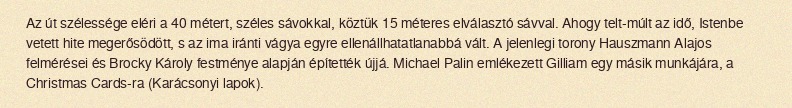
Az út szélessége eléri a 40 métert, széles sávokkal, köztük 15 méteres elválasztó sávval. Ahogy telt-múlt az idő, Istenbe vetett hite megerősödött, s az ima iránti vágya egyre ellenállhatatlanabbá vált. A jelenlegi torony Hauszmann Alajos felmérései és Brocky Károly festménye alapján építették újjá. Michael Palin emlékezett Gilliam egy másik munkájára, a Christmas Cards-ra (Karácsonyi lapok).